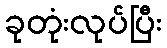
ခုတုံးလုပ်ပြီး